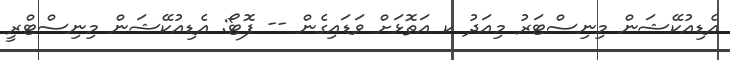
އެޑިއުކޭޝަން މިނިސްޓަރު މިއަދު ކ އަތޮޅަށް ވަޑައިގެން -- ފޮޓޯ: އެޑިއުކޭޝަން މިނިސްޓްރީ